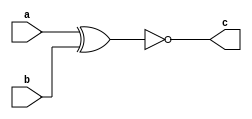
module xnor1(a,b,c);
input a,b;
output c;
xnor(c,a,b);
endmodule